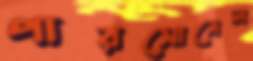
পারসোনেল